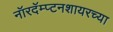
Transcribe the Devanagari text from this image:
नॉरदॅम्प्टनशायरच्या